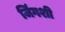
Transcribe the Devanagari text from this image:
जिंगशी